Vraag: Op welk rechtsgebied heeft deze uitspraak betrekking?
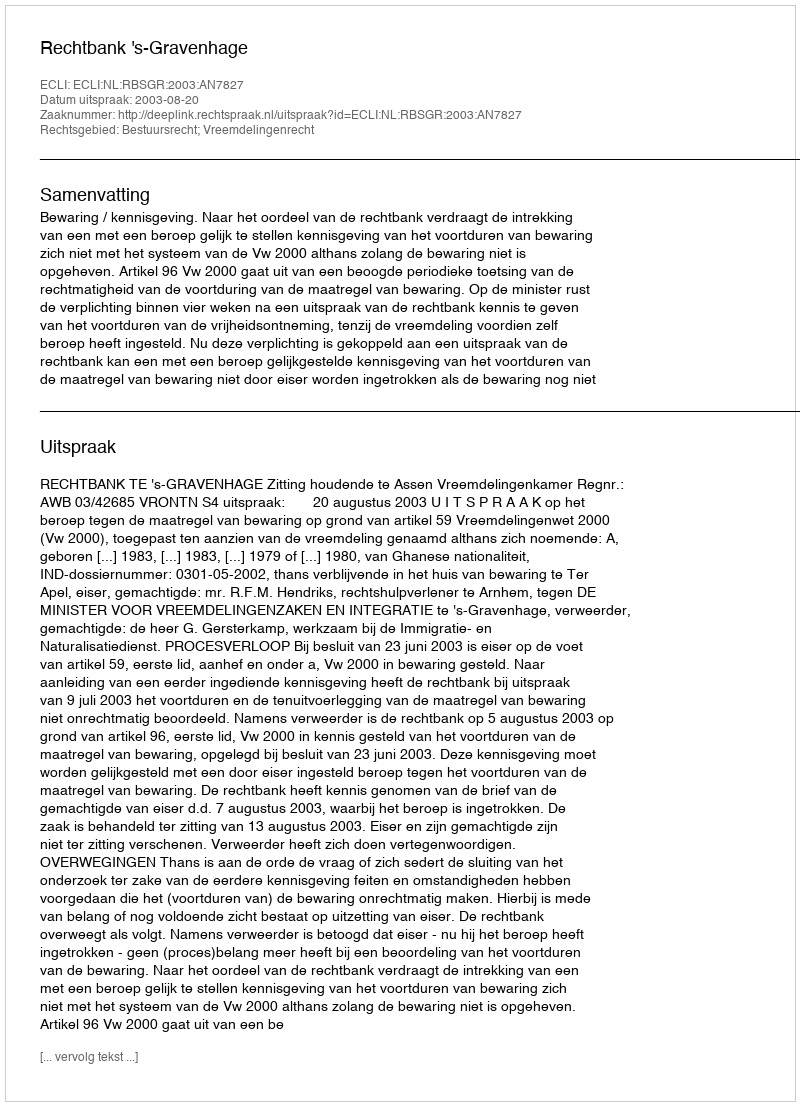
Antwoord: Bestuursrecht; Vreemdelingenrecht